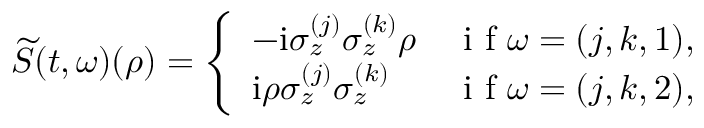
\widetilde { S } ( t , \omega ) ( { \rho } ) = \left\{ \begin{array} { l l } { - \mathrm { i } \sigma _ { z } ^ { ( j ) } \sigma _ { z } ^ { ( k ) } { \rho } } & { \mathrm { ~ i ~ f ~ } \omega = ( j , k , 1 ) , } \\ { \mathrm { i } { \rho } \sigma _ { z } ^ { ( j ) } \sigma _ { z } ^ { ( k ) } } & { \mathrm { ~ i ~ f ~ } \omega = ( j , k , 2 ) , } \end{array} \right.